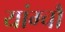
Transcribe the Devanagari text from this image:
यांग्चौ